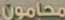
محامون